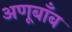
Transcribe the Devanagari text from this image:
अणूबाँब